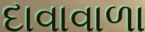
દાવાવાળા